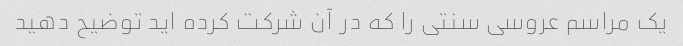
یک مراسم عروسی سنتی را که در آن شرکت کرده اید توضیح دهید